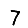
Digit: 7